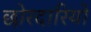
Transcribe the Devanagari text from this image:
छोरदारियों